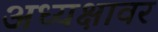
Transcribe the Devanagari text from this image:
अध्यक्षावर